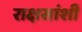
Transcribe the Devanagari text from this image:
राक्षसांशी